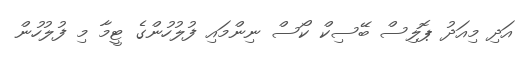
އަދި މިއަދު ޕޮލިސް ބޭސިކް ކޯސް ނިންމައި ފުލުހުންގެ ޓީމާ މި ފުލުހުން